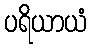
ပရိယာယံ